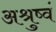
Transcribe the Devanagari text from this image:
अश्रुष्वं